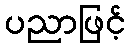
ပညာဖြင့်